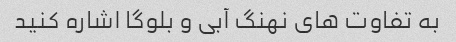
به تفاوت های نهنگ آبی و بلوگا اشاره کنید